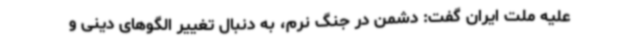
علیه ملت ایران گفت: دشمن در جنگ نرم، به دنبال تغییر الگوهای دینی و